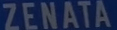
ZENATA